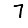
Digit: 7